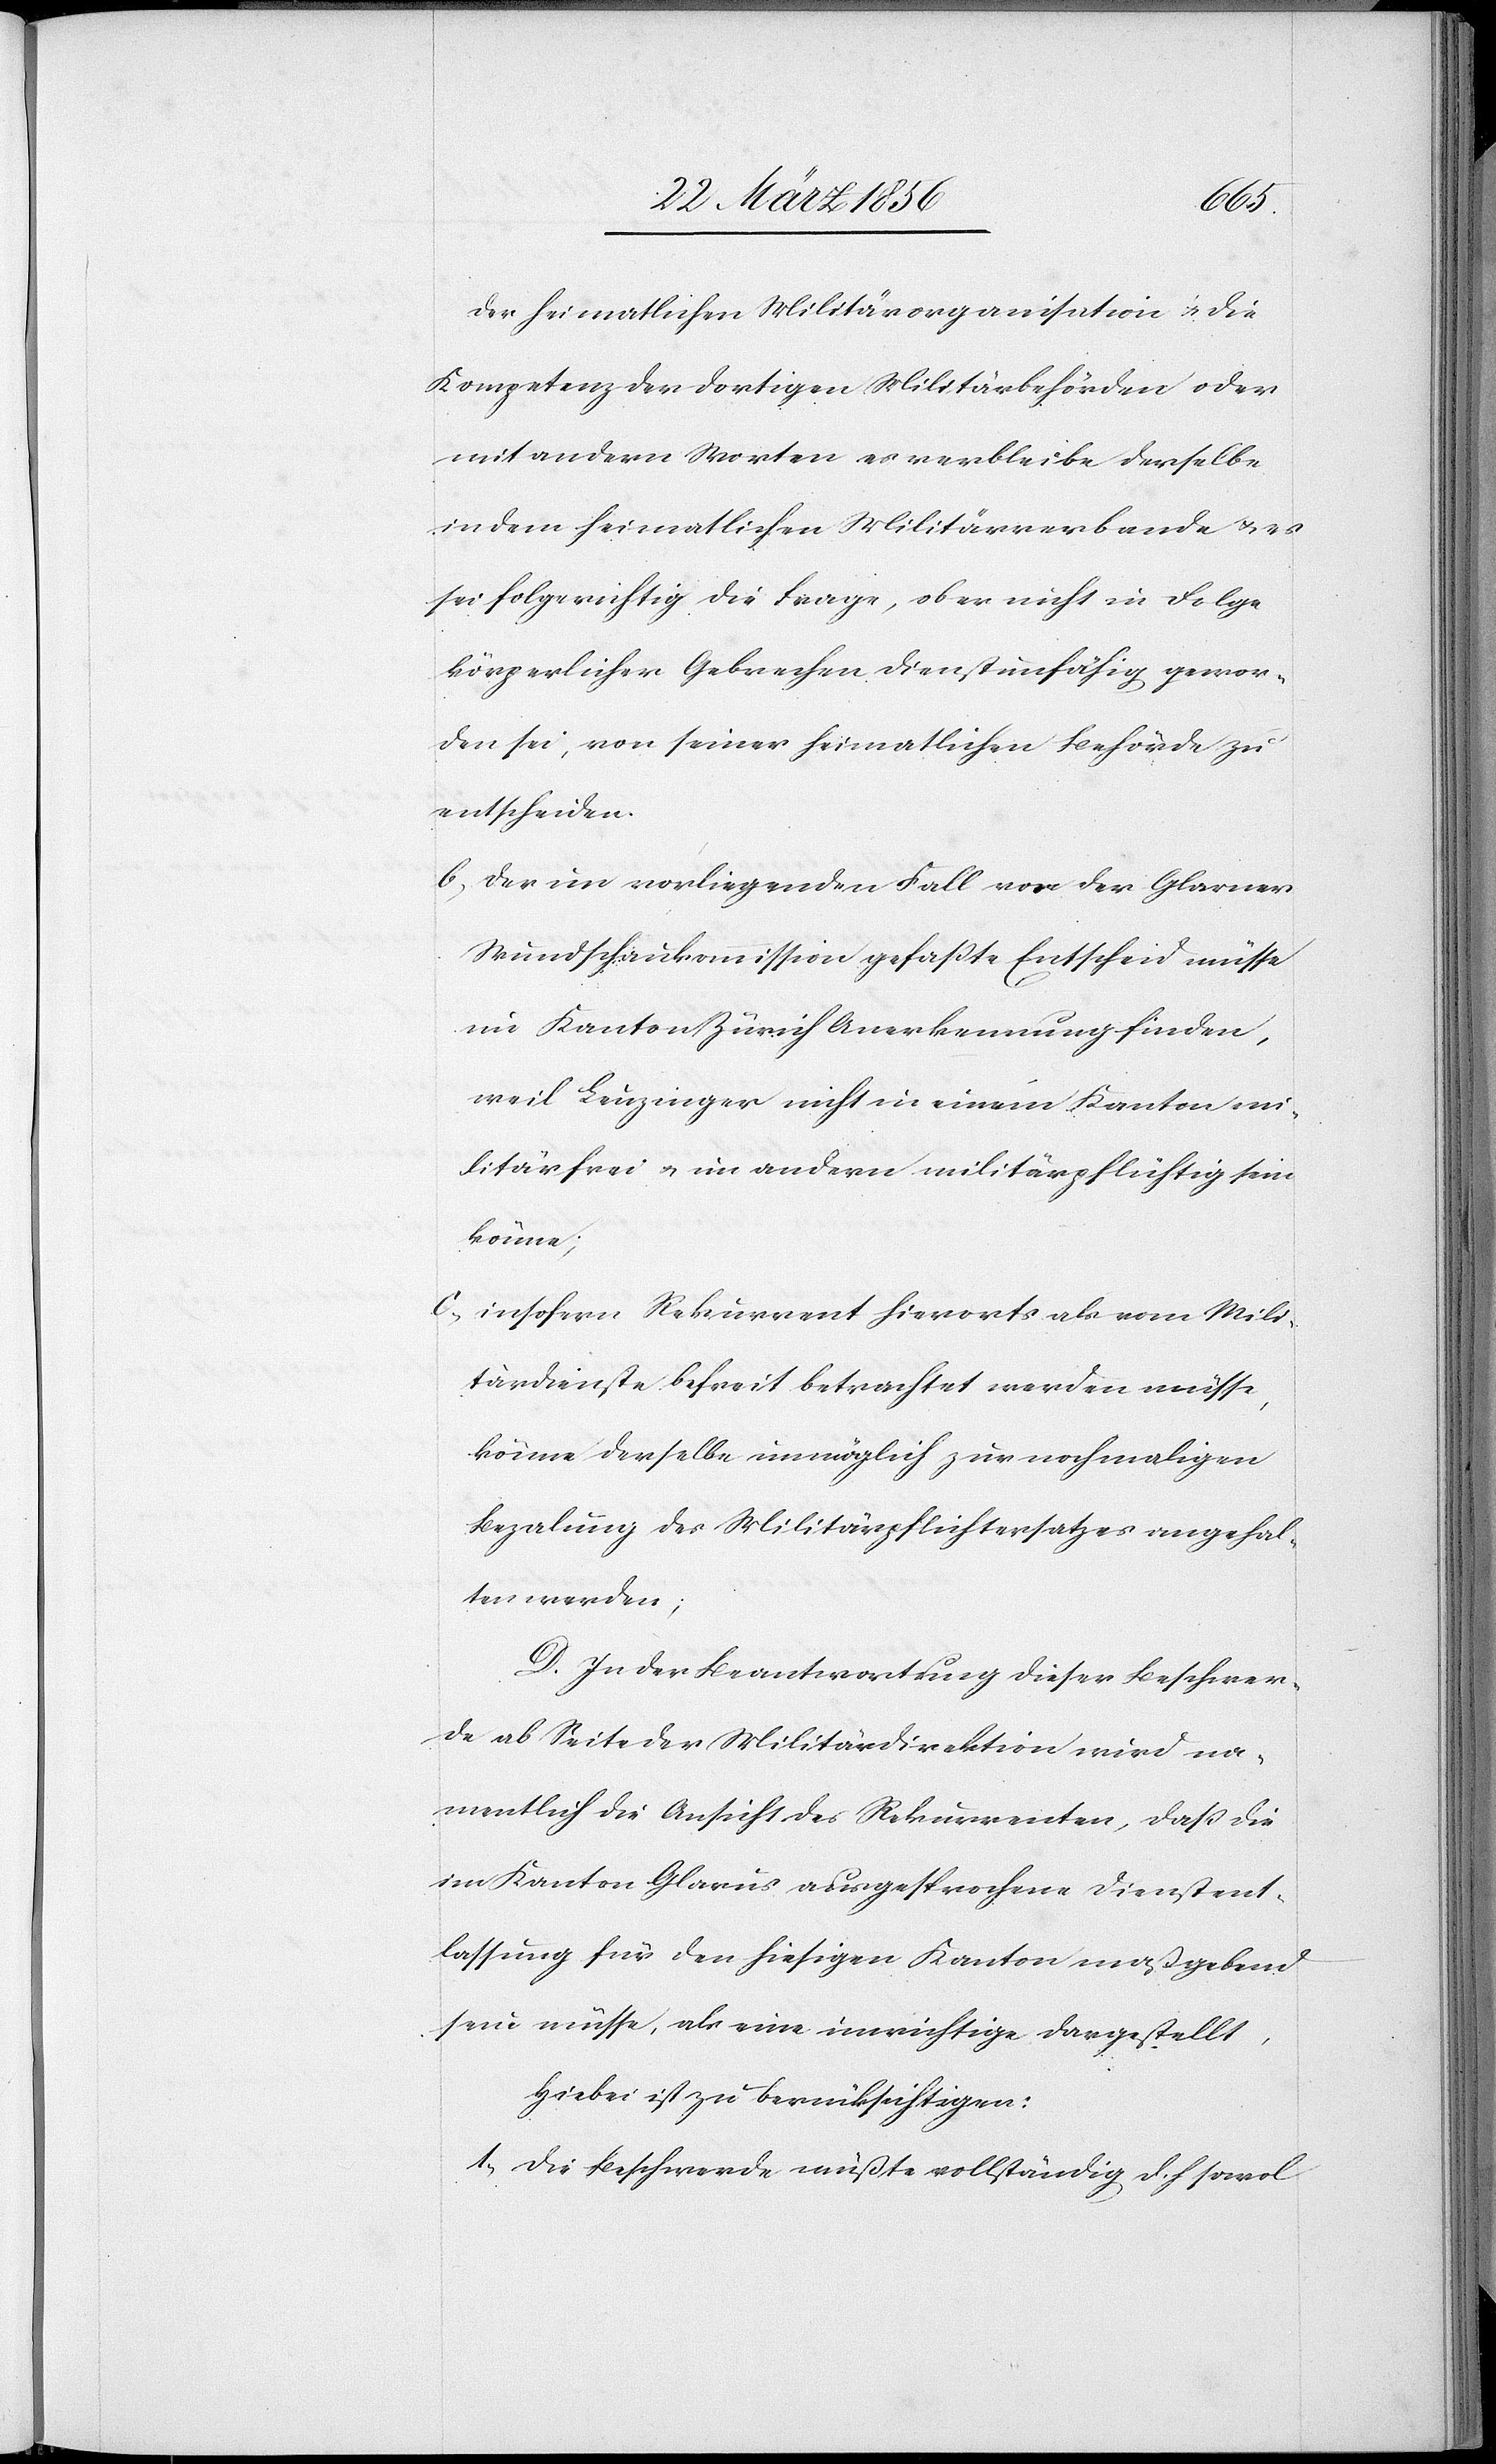
der heimatlichen Militärorganisation u. die
Kompetenz der dortigen Militärbehörden oder
mit andern Worten es verbleibe derselbe
in dem heimatlichen Militärverbande u. es
sei folgerichtig die Frage, ob er nicht in Folge
körperlicher Gebrechen dienstunfähig gewor¬
den sei, von seiner heimatlichen Behörde zu
entscheiden.
b., der im vorliegenden Fall vor der Glarner
Wundschaukommission gefaßte Entscheid müsse
im Kanton Zürich Anerkennung finden,
weil Leuzinger nicht in einem Kanton mi¬
litärfrei u. im andern militärpflichtig sein
könne;
c., insofern Rekurrent hierorts als vom Mili¬
tärdienste befreit betrachtet werden müsse,
könne derselbe unmöglich zur nochmaligen
Bezalung des Militärpflichtersatzes angehal¬
ten werden;
D. In der Beantwortung dieser Beschwer¬
de ab Seite der Militärdirektion wird na¬
mentlich die Ansicht des Rekurrenten, daß die
im Kanton Glarus ausgesprochene Dienstent¬
lassung für den hiesigen Kanton maßgebend
sein müsse, als eine unrichtige dargestellt.
Hiebei ist zu berücksichtigen:
1., Die Beschwerde müßte vollständig d. h sowol